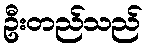
ဦးတည်သည်